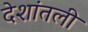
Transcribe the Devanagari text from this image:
देशांतली